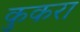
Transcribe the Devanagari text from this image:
कुकरा